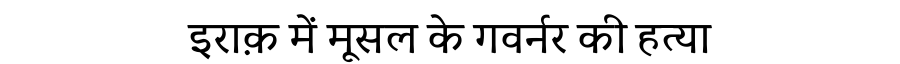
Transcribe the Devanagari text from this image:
इराक़ में मूसल के गवर्नर की हत्या